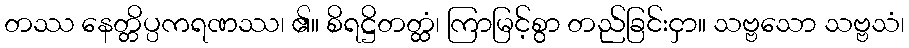
တဿ နေတ္တိပ္ပကရဏဿ၊ ၏။ စိရဋ္ဌိတတ္ထံ၊ ကြာမြင့်စွာ တည်ခြင်းငှာ။ သဗ္ဗသော သဗ္ဗသံ၊